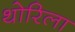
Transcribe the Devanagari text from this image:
थोरिला